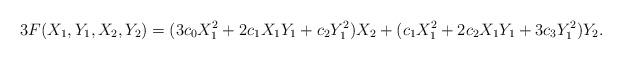
LaTeX: \begin{align*}3F(X_1,Y_1,X_2,Y_2) =(3c_0X_1^2 + 2c_1X_1Y_1 + c_2Y_1^2) X_2 +(c_1X_1^2 + 2c_2X_1Y_1 + 3c_3Y_1^2) Y_2.\end{align*}